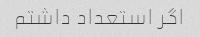
اگر استعداد داشتم